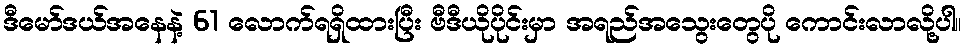
ဒီမော်ဒယ်အနေနဲ့ 61 လောက်ရရှိထားပြီး ဗီဒီယိုပိုင်းမှာ အရည်အသွေးတွေပို ကောင်းလာလို့ပါ။